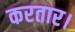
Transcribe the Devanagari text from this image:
करतार।